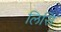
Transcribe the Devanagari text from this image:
लिसि